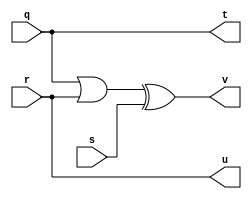
`timescale 1ns / 1ps
//////////////////////////////////////////////////////////////////////////////////
// Company: 
// Engineer: 
// 
// Design Name: 
// Module Name:    BJN 
// Project Name: 
// Target Devices: 
// Tool versions: 
// Description: 
//
// Dependencies: 
//
// Revision: 
// Revision 0.01 - File Created
// Additional Comments: 
//
//////////////////////////////////////////////////////////////////////////////////
module BJN(t,u,v,q,r,s);
input q,r,s;
output t,u,v;

assign t = q;
assign u = r;
assign v = (q|r)^s;

endmodule